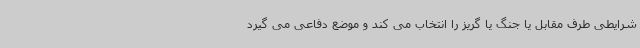
شرایطی طرف مقابل یا جنگ یا گریز را انتخاب می کند و موضع دفاعی می گیرد